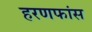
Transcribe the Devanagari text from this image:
हरणफांस